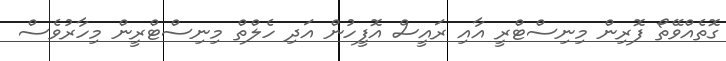
ގޮތެއްވޭތޯ ފޮރިން މިނިސްޓްރީ އާއި ރައީސް އޮފީހުން އަދި ހެލްތް މިނިސްޓްރީން މިހާރުވެސް